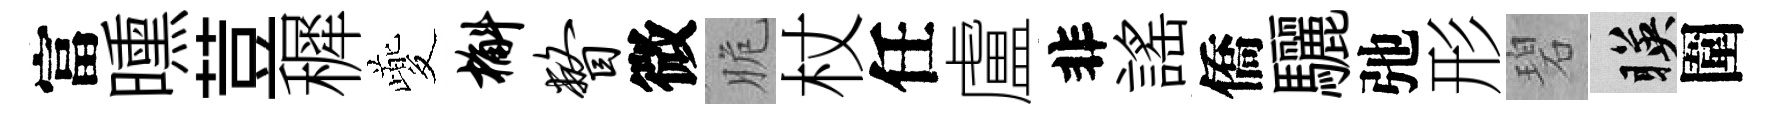
富曛荳穉夔槲瞥微脆杖任盧非謡僑驪弛形碧暎圍